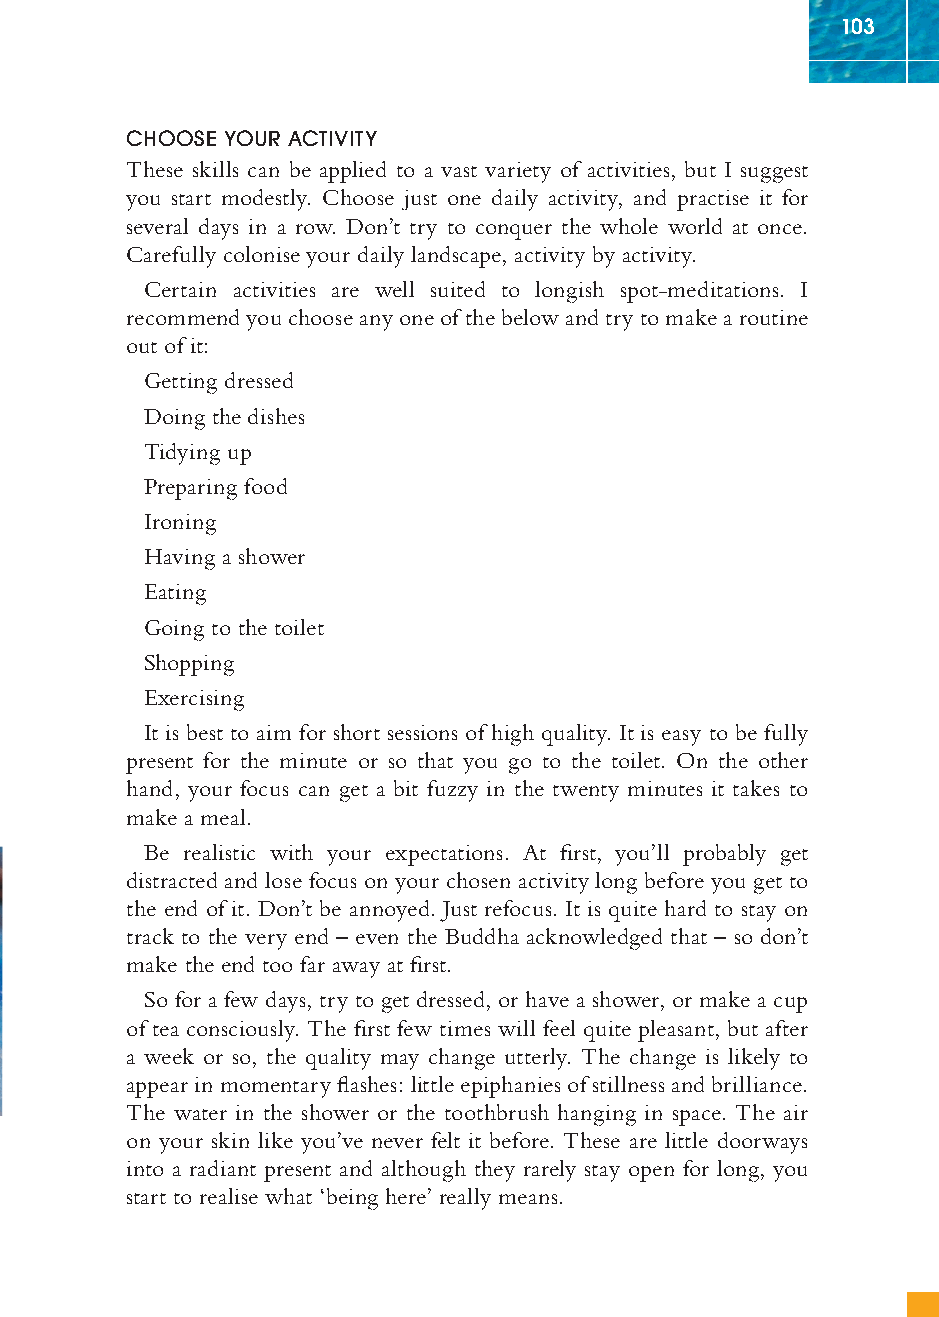
103
 CHOOSE YOUR ACTIVITY
 These skills can be applied to a vast variety of activities, but I suggest
 you start modestly. Choose just one daily activity, and practise it for
 several days in a row. Don’t try to conquer the whole world at once.
 Carefully colonise your daily landscape, activity by activity.
 Certain activities are well suited to longish spot-meditations. I
 recommend you choose any one of the below and try to make a routine
 out of it:
 Getting dressed
 Doing the dishes
 Tidying up
 Preparing food
 Ironing
 Having a shower
 Eating
 Going to the toilet
 Shopping
 Exercising
 It is best to aim for short sessions of high quality. It is easy to be fully
 present for the minute or so that you go to the toilet. On the other
 hand, your focus can get a bit fuzzy in the twenty minutes it takes to
 make a meal.
 Be realistic with your expectations. At fi rst, you’ll probably get
 distracted and lose focus on your chosen activity long before you get to
 the end of it. Don’t be annoyed. Just refocus. It is quite hard to stay on
 track to the very end – even the Buddha acknowledged that – so don’t
 make the end too far away at fi rst.
 So for a few days, try to get dressed, or have a shower, or make a cup
 of tea consciously. The fi rst few times will feel quite pleasant, but after
 a week or so, the quality may change utterly. The change is likely to
 appear in momentary fl ashes: little epiphanies of stillness and brilliance.
 The water in the shower or the toothbrush hanging in space. The air
 on your skin like you’ve never felt it before. These are little doorways
 into a radiant present and although they rarely stay open for long, you
 start to realise what ‘being here’ really means.
 ffiivvee__220000667788..iinndddd SSeecc11::110077   3300//55//0055 55::0055::0077 PPMM